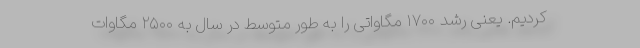
کردیم. یعنی رشد ۱۷۰۰ مگاواتی را به طور متوسط در سال به ۲۵۰۰ مگاوات